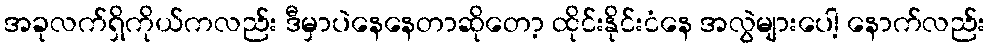
အခုလက်ရှိကိုယ်ကလည်း ဒီမှာပဲနေနေတာဆိုတော့ ထိုင်းနိုင်းငံနေ အလွဲများပေါ့ နောက်လည်း